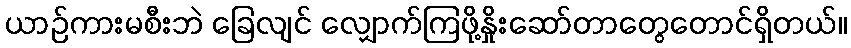
ယာဉ်ကားမစီးဘဲ ခြေလျင် လျှောက်ကြဖို့နှိုးဆော်တာတွေတောင်ရှိတယ်။